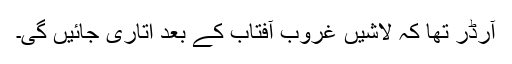
آرڈر تھا کہ لاشیں غروبِ آفتاب کے بعد اتاری جائیں گی۔